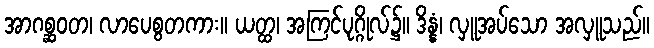
အာဂစ္ဆဝတ၊ လာပေစွတကား။ ယတ္ထ၊ အကြင်ပုဂ္ဂိုလ်၌။ ဒိန္နံ၊ လှူအပ်သော အလှူသည်။